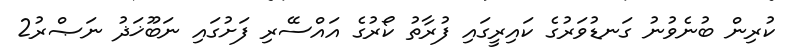
ކުރިން ބުނެވުނު ގަނޑުވަރުގެ ކައިރީގައި ފުރާތު ކޯރުގެ އައްސޭރި ފަށުގައި ނަބޫޚަޛު ނަޞްރު2